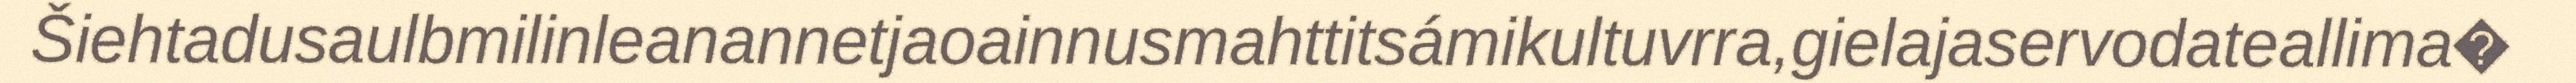
Šiehtadusaulbmilinleanannetjaoainnusmahttitsámikultuvrra,gielajaservodateallima�